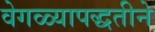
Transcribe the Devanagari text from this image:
वेगळ्यापद्धतीने